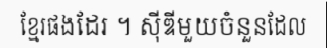
ខ្មែរផងដែរ ។ ស៊ីឌីមួយចំនួនដែល